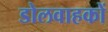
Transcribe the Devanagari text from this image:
डोलवाहकों